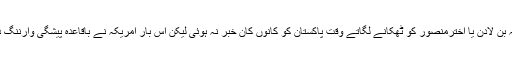
بعض رپورٹس میں بتایا گیا کہ اسامہ بن لادن یا اخترمنصور کو ٹھکانے لگاتے وقت پاکستان کو کانوں کان خبر نہ ہوئی لیکن اس بار امریکہ نے باقاعدہ پیشگی وارننگ دے کر اگلے حالات کا تعین کیا ہے۔